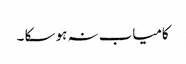
کامیاب نہ ہو سکا ۔